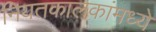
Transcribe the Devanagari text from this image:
नियतकालकांमध्ये